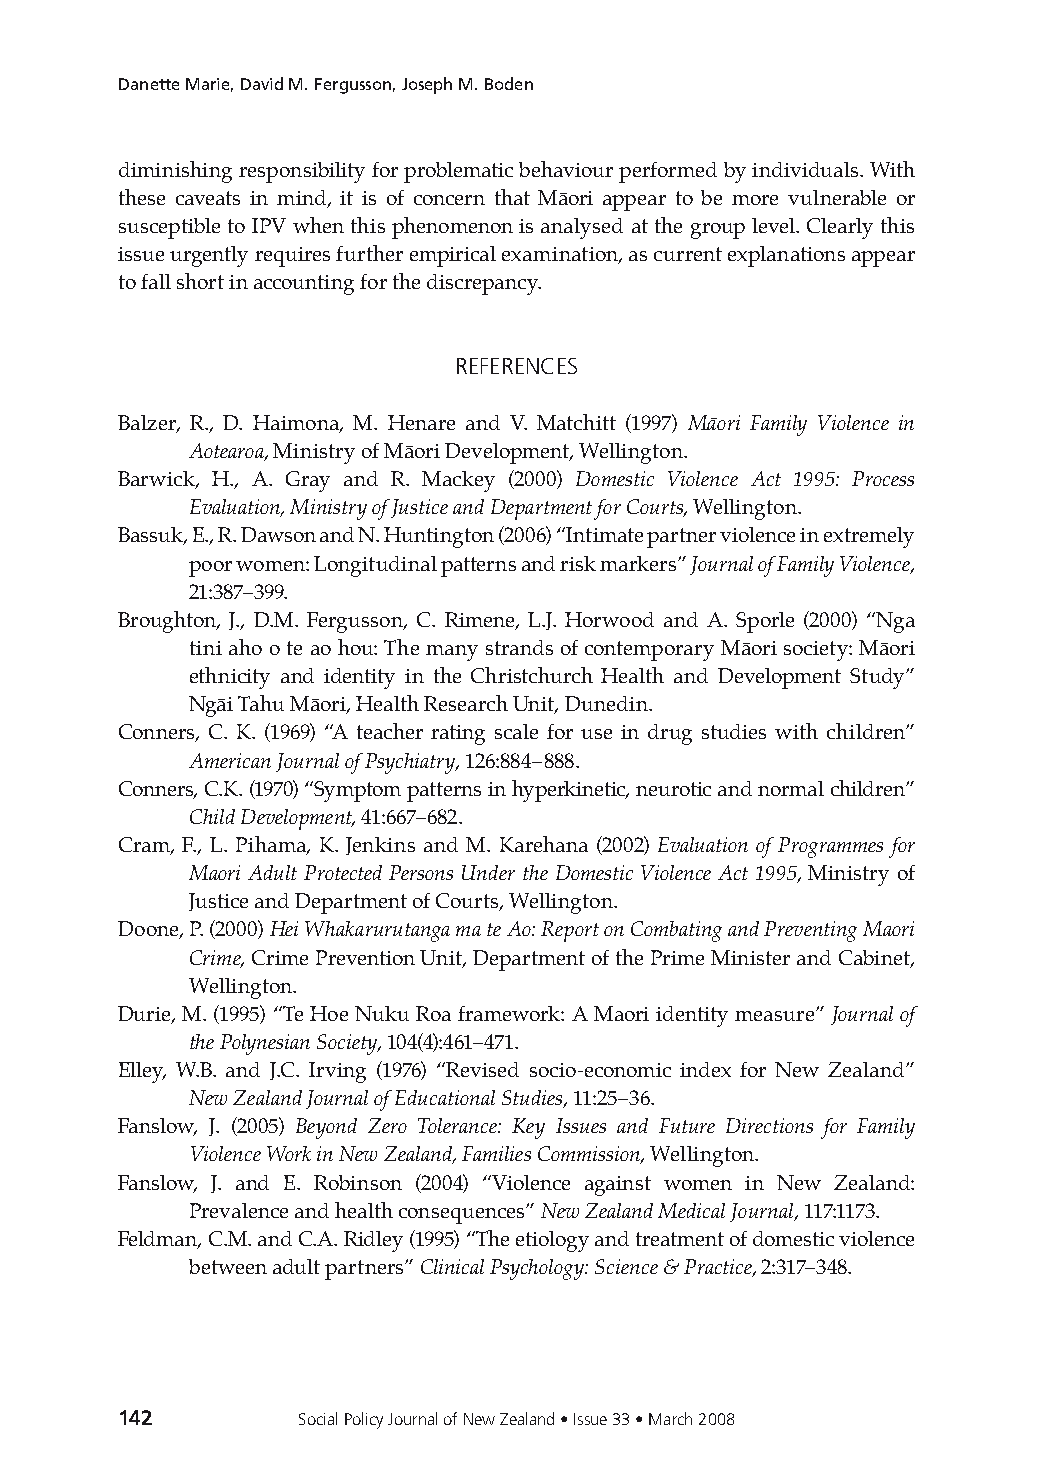
Danette Marie, David M. Fergusson, Joseph M. Boden
 diminishing responsibility for problematic behaviour performed by individuals. With
 these caveats in mind, it is of concern that Māori appear to be more vulnerable or
 susceptible to IPV when this phenomenon is analysed at the group level. Clearly this
 issue urgently requires further empirical examination, as current explanations appear
 to fall short in accounting for the discrepancy.
 REFERENCES
 Balzer, R., D. Haimona, M. Henare and V. Matchitt (1997) Māori Family Violence in
 Aotearoa, Ministry of Māori Development, Wellington.
 Barwick, H., A. Gray and R. Mackey (2000) Domestic Violence Act 1995: Process
 Evaluation, Ministry of Justice and Department for Courts, Wellington.
 Bassuk, E., R. Dawson and N. Huntington (2006) “Intimate partner violence in extremely
 poor women: Longitudinal patterns and risk markers” Journal of Family Violence,
 21:387–399.
 Broughton, J., D.M. Fergusson, C. Rimene, L.J. Horwood and A. Sporle (2000) “Nga
 tini aho o te ao hou: The many strands of contemporary Māori society: Māori
 ethnicity and identity in the Christchurch Health and Development Study”
 Ngāi Tahu Māori, Health Research Unit, Dunedin.
 Conners, C. K. (1969) “A teacher rating scale for use in drug studies with children”
 American Journal of Psychiatry, 126:884–888.
 Conners, C.K. (1970) “Symptom patterns in hyperkinetic, neurotic and normal children”
 Child Development, 41:667–682.
 Cram, F., L. Pihama, K. Jenkins and M. Karehana (2002) Evaluation of Programmes for
 Maori Adult Protected Persons Under the Domestic Violence Act 1995, Ministry of
 Justice and Department of Courts, Wellington.
 Doone, P. (2000) Hei Whakarurutanga ma te Ao: Report on Combating and Preventing Maori
 Crime, Crime Prevention Unit, Department of the Prime Minister and Cabinet,
 Wellington.
 Durie, M. (1995) “Te Hoe Nuku Roa framework: A Maori identity measure” Journal of
 the Polynesian Society, 104(4):461–471.
 Elley, W.B. and J.C. Irving (1976) “Revised socio-economic index for New Zealand”
 New Zealand Journal of Educational Studies, 11:25–36.
 Fanslow, J. (2005) Beyond Zero Tolerance: Key Issues and Future Directions for Family
 Violence Work in New Zealand, Families Commission, Wellington.
 Fanslow, J. and E. Robinson (2004) “Violence against women in New Zealand:
 Prevalence and health consequences” New Zealand Medical Journal, 117:1173.
 Feldman, C.M. and C.A. Ridley (1995) “The etiology and treatment of domestic violence
 between adult partners” Clinical Psychology: Science & Practice, 2:317–348.
 142         Social Policy Journal of New Zealand • Issue 33 • March 2008